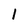
Character: l